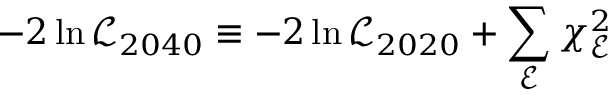
- 2 \ln \mathcal { L } _ { 2 0 4 0 } \equiv - 2 \ln \mathcal { L } _ { 2 0 2 0 } + \sum _ { \mathcal { E } } \chi _ { \mathcal { E } } ^ { 2 }